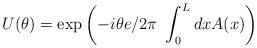
LaTeX: \begin{align*}U(\theta) =\exp\left( -i \theta {e}/{2\pi}~\int_0^L dx A(x)\right)\end{align*}